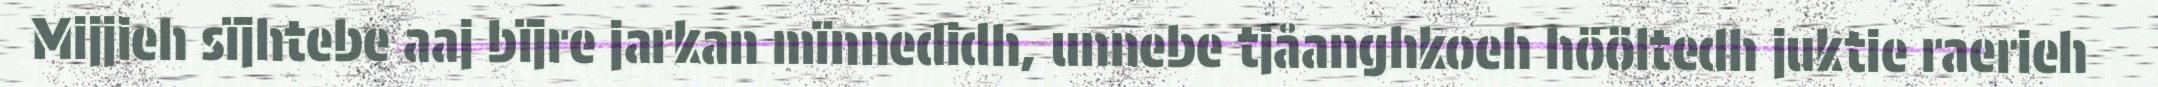
Mijjieh sïjhtebe aaj bïjre jarkan mïnnedidh, unnebe tjåanghkoeh hööltedh juktie raerieh